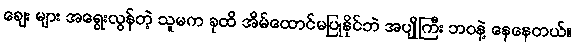
ချေး များ အရွေးလွန်တဲ့ သူမက ခုထိ အိမ်ထောင်မပြုနိုင်ဘဲ အပျိုကြီး ဘဝနဲ့ နေနေတယ်။